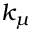
k _ { \mu }